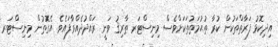
އިދިކޮޅު ފަރާތްތަކުން ކުރާ ތުޙުމަތުތަކަށްވެސް މިނިސްޓަރ ޠާރިޤު ވަނީ ރައްދުދެއްވާފައެވެ. އެގޮތުން މިނިސްޓަރ